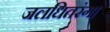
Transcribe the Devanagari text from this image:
जलधितरंग।